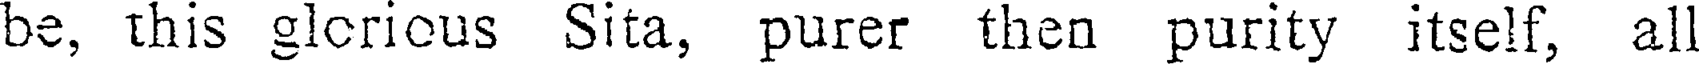
be, this glcrious Sita, purer then purity itself, al